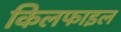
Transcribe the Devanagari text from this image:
किलफाइल